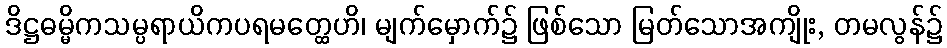
ဒိဋ္ဌဓမ္မိကသမ္ပရာယိကပရမတ္ထေဟိ၊ မျက်မှောက်၌ ဖြစ်သော မြတ်သောအကျိုး, တမလွန်၌